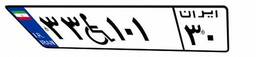
۸۹W۱۳۷۵۸